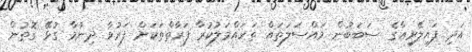
އަދި ފައިލޭރިއާގެ ސަބަބުން މައްސަލަތައް ތަހައްމަލުކުރާ ފަރާތްތަކަށް ފަރުވާ ދިނުމާ ގުޅޭ ގޮތުން